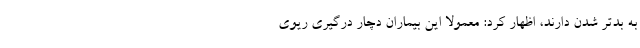
به بدتر شدن دارند، اظهار کرد: معمولا این بیماران دچار درگیری ریوی